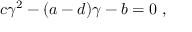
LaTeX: c \gamma ^ { 2 } - ( a - d ) \gamma - b = 0 \ ,